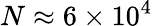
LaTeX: N\approx 6\times 10^{4}